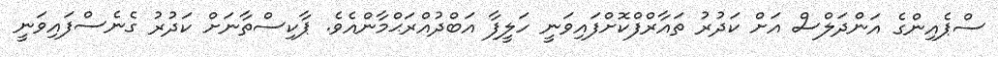
ސްޕެއިންގެ އަންދަލްސް އަށް ކަދުރު ތައާރްފްކޮށްފައިވަނީ ހަލީފާ އަބްދުއްރަޙްމާންއެވެ. ޕާކިސްތާނަށް ކަދުރު ގެނެސްފައިވަނީ